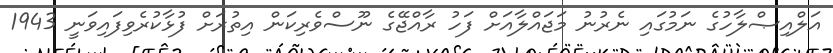
އަލްއިޞްލާހުގެ ނަމުގައި ނެރުނު މަޖައްލާއަށް ފަހު ރާއްޖޭގެ ނޫސްވެރިކަން އިތުރަށް ފުޅާކުރެވިފައިވަނީ 1943